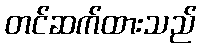
တင်ဆက်ထားသည်